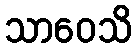
သာဝေသိ